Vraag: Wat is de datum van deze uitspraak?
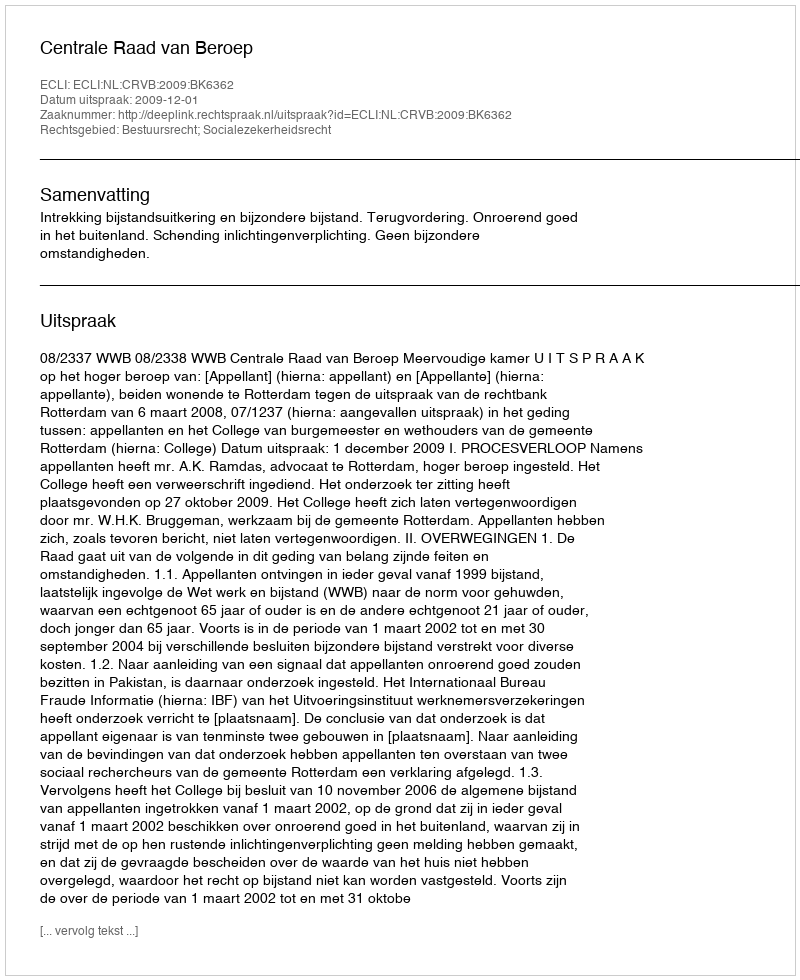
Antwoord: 2009-12-01